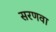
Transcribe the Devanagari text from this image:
सरणवा